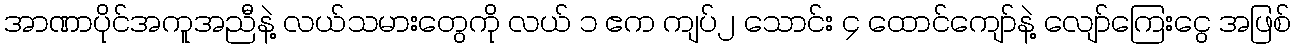
အာဏာပိုင်အကူအညီနဲ့ လယ်သမားတွေကို လယ် ၁ ဧက ကျပ်၂ သောင်း ၄ ထောင်ကျော်နဲ့ လျော်ကြေးငွေ အဖြစ်